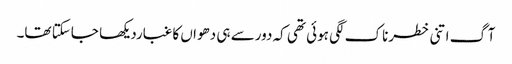
آگ اتنی خطرناک لگی ہوئی تھی کہ دورسے ہی دھواں کا غباردیکھا جاسکتا تھا۔